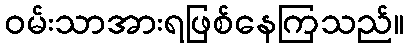
ဝမ်းသာအားရဖြစ်နေကြသည်။